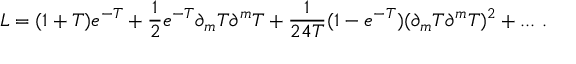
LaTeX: { \cal L } = ( 1 + T ) e ^ { - T } + { \frac { 1 } { 2 } } e ^ { - T } \partial _ { m } T \partial ^ { m } T + { \frac { 1 } { 2 4 T } } ( 1 - e ^ { - T } ) ( \partial _ { m } T \partial ^ { m } T ) ^ { 2 } + . . . \ .